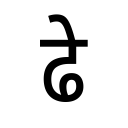
OCR:
ढे